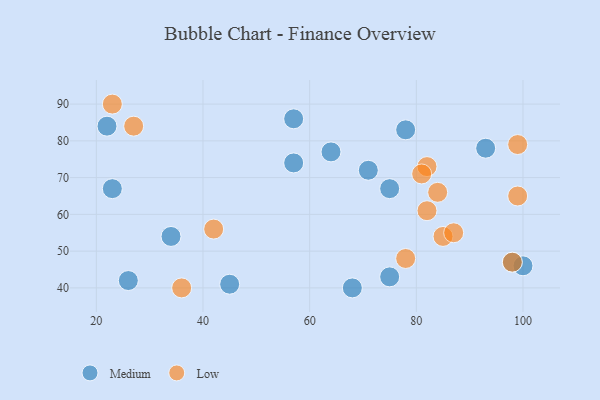
{"axis": {"x": "GDP", "y": "Life Expectancy"}, "legend": ["Low", "Medium"], "data": [{"x": "64", "y": 77, "type": "Medium"}, {"x": "93", "y": 78, "type": "Medium"}, {"x": "68", "y": 40, "type": "Medium"}, {"x": "75", "y": 67, "type": "Medium"}, {"x": "57", "y": 74, "type": "Medium"}, {"x": "34", "y": 54, "type": "Medium"}, {"x": "75", "y": 43, "type": "Medium"}, {"x": "23", "y": 67, "type": "Medium"}, {"x": "45", "y": 41, "type": "Medium"}, {"x": "100", "y": 46, "type": "Medium"}, {"x": "26", "y": 42, "type": "Medium"}, {"x": "78", "y": 83, "type": "Medium"}, {"x": "57", "y": 86, "type": "Medium"}, {"x": "71", "y": 72, "type": "Medium"}, {"x": "22", "y": 84, "type": "Medium"}, {"x": "98", "y": 47, "type": "Medium"}, {"x": "85", "y": 54, "type": "Low"}, {"x": "99", "y": 79, "type": "Low"}, {"x": "82", "y": 61, "type": "Low"}, {"x": "78", "y": 48, "type": "Low"}, {"x": "27", "y": 84, "type": "Low"}, {"x": "87", "y": 55, "type": "Low"}, {"x": "98", "y": 47, "type": "Low"}, {"x": "36", "y": 40, "type": "Low"}, {"x": "99", "y": 65, "type": "Low"}, {"x": "42", "y": 56, "type": "Low"}, {"x": "82", "y": 73, "type": "Low"}, {"x": "81", "y": 71, "type": "Low"}, {"x": "84", "y": 66, "type": "Low"}, {"x": "23", "y": 90, "type": "Low"}]}